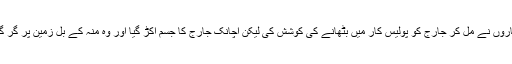
چاروں نے مل کر جارج کو پولیس کار میں بٹھانے کی کوشش کی لیکن اچانک جارج کا جسم اکڑ گیا اور وہ منہ کے بل زمین پر گر گیا۔